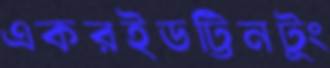
একরইডট্টিনটুং